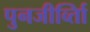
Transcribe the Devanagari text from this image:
पुनजीर्व्ताि